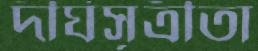
দীর্ঘসূত্রীতা